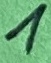
Text: 1